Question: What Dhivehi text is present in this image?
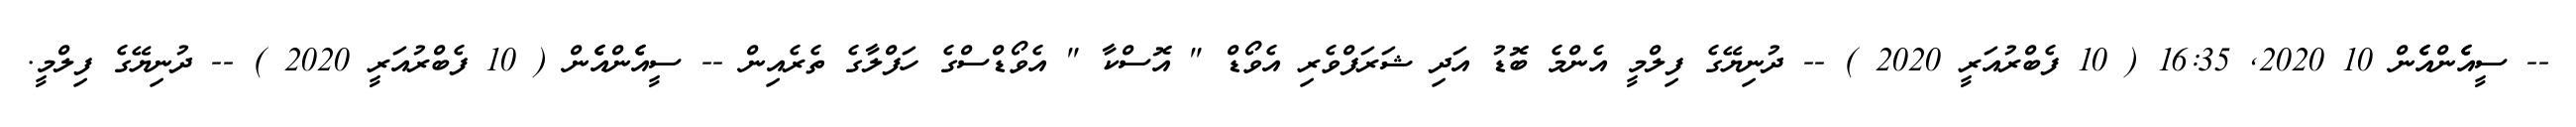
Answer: -- ސީއެެންއެެން 10 2020, 16:35 ( 10 ފެބްރުއަރީ 2020 ) -- ދުނިޔޭގެ ފިލްމީ އެންމެ ބޮޑު އަދި ޝަރަފްވެރި އެވޯޑް " އޮސްކާ " އެވޯޑްސްގެ ހަފްލާގެ ތެރެއިން -- ސީއެެންއެެން ( 10 ފެބްރުއަރީ 2020 ) -- ދުނިޔޭގެ ފިލްމީ.